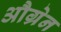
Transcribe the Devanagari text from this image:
औग्रेन